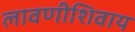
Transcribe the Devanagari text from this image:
लावणीशिवाय